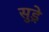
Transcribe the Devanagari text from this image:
सुड्रे